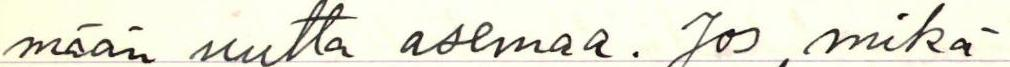
mään uutta asemaa. Jos mikä